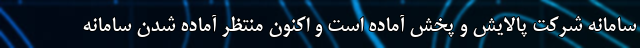
سامانه شرکت پالایش و پخش آماده است و اکنون منتظر آماده شدن سامانه